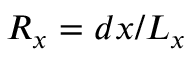
R _ { x } = d x / L _ { x }